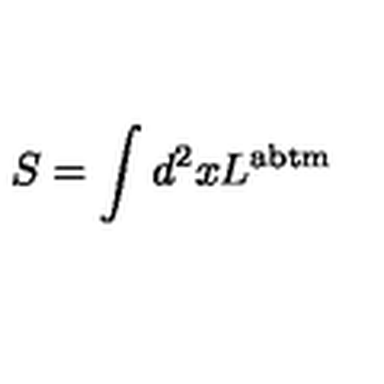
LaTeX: S = \int d ^ { 2 } x L ^ { \mathrm { \footnotesize { a b t m } } }